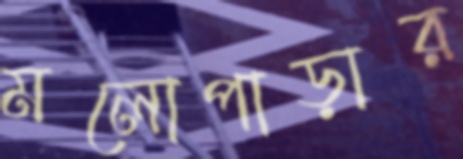
মলোপাড়ার